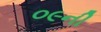
૦૯ની